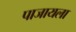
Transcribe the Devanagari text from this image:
पाजायला